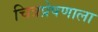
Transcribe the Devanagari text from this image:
चित्रप्रेषणाला